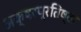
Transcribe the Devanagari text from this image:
अक्षरप्रतिष्ठा